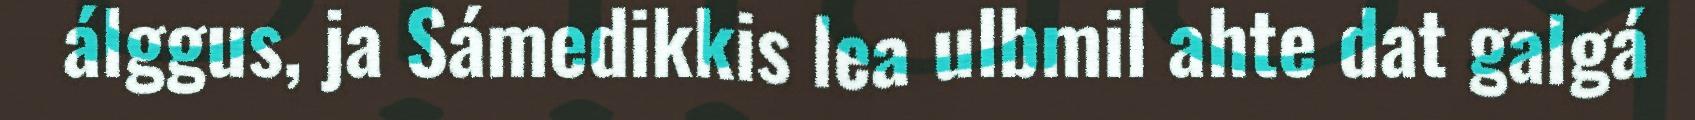
álggus, ja Sámedikkis lea ulbmil ahte dat galgá